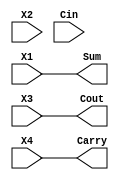
module cmp2(input X1,X2,X3,X4,Cin, 
					output Sum,Carry,Cout
					);
	
	assign Carry=X4;
	assign Sum=X1;
	assign Cout=X3;
	
endmodule